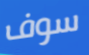
سوف